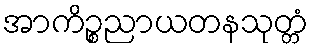
အာကိဉ္စညာယတနသုတ္တံ